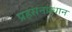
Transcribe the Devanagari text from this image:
प्रहसनप्रधान